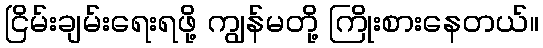
ငြိမ်းချမ်းရေးရဖို့ ကျွန်မတို့ ကြိုးစားနေတယ်။